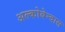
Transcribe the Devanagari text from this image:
अल्कोबेन्दास